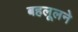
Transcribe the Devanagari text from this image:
बहलूलने